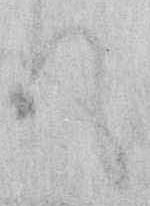
て